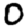
Digit: 0